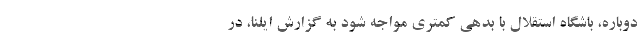
دوباره، باشگاه استقلال با بدهی کمتری مواجه شود به گزارش ایلنا، در